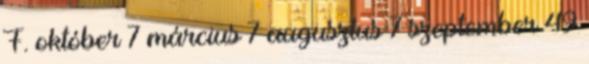
F. október 7 március 7 augusztus 7 szeptember 49